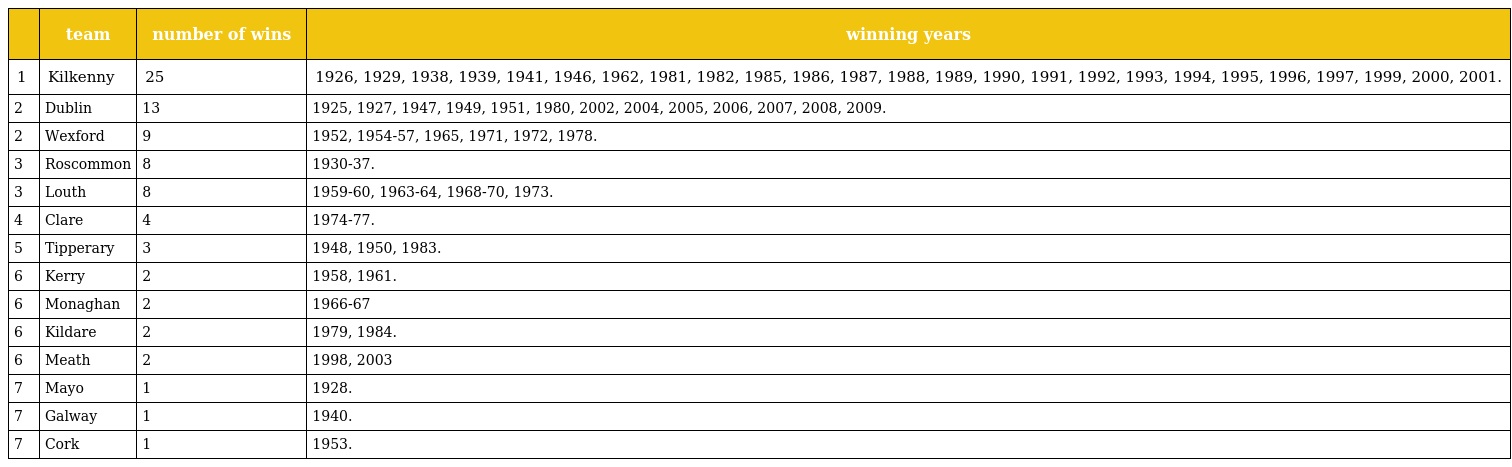
|  | team | number of wins | winning years |
 | --- | --- | --- | --- |
 | 1 | Kilkenny | 25 | 1926, 1929, 1938, 1939, 1941, 1946, 1962, 1981, 1982, 1985, 1986, 1987, 1988, 1989, 1990, 1991, 1992, 1993, 1994, 1995, 1996, 1997, 1999, 2000, 2001. |
 | 2 | Dublin | 13 | 1925, 1927, 1947, 1949, 1951, 1980, 2002, 2004, 2005, 2006, 2007, 2008, 2009. |
 | 2 | Wexford | 9 | 1952, 1954-57, 1965, 1971, 1972, 1978. |
 | 3 | Roscommon | 8 | 1930-37. |
 | 3 | Louth | 8 | 1959-60, 1963-64, 1968-70, 1973. |
 | 4 | Clare | 4 | 1974-77. |
 | 5 | Tipperary | 3 | 1948, 1950, 1983. |
 | 6 | Kerry | 2 | 1958, 1961. |
 | 6 | Monaghan | 2 | 1966-67 |
 | 6 | Kildare | 2 | 1979, 1984. |
 | 6 | Meath | 2 | 1998, 2003 |
 | 7 | Mayo | 1 | 1928. |
 | 7 | Galway | 1 | 1940. |
 | 7 | Cork | 1 | 1953. |